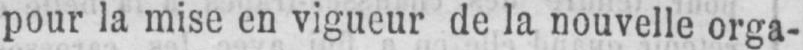
pour la mise en vigueur de la nouvelle orga-